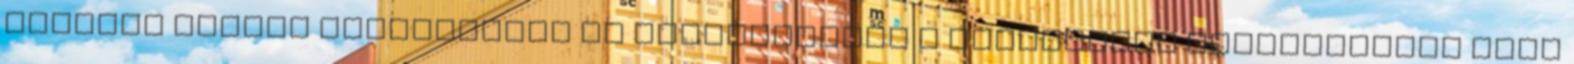
kutatói teamek létrehozása és felkészítése a nemzetközi programokban való